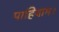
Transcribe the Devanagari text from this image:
पाहियाम।